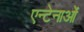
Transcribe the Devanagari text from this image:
एन्टेनाओं